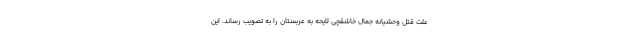
علت قتل وحشیانه جمال خاشقچی لایحه به عربستان را به تصویب رساند. این